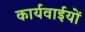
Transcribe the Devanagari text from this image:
कार्यवाईयों